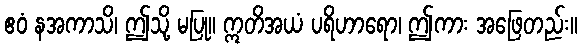
ဧဝံ နအကာသိ၊ ဤသို့ မပြု။ ဣတိအယံ ပရိဟာရော၊ ဤကား အဖြေတည်း။